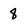
Character: 8